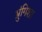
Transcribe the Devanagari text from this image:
भ्रुंगिशा